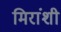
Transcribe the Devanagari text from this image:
मिरांशी